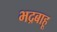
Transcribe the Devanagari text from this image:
भद्रबाहू